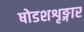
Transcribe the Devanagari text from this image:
षोडशशृङ्गार